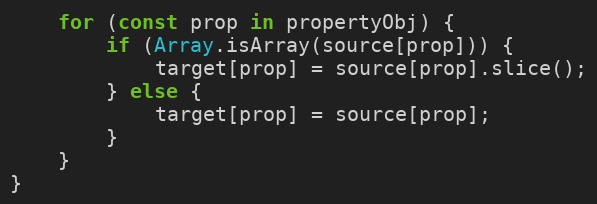
Language: JavaScript
    for (const prop in propertyObj) {
        if (Array.isArray(source[prop])) {
            target[prop] = source[prop].slice();
        } else {
            target[prop] = source[prop];
        }
    }
}